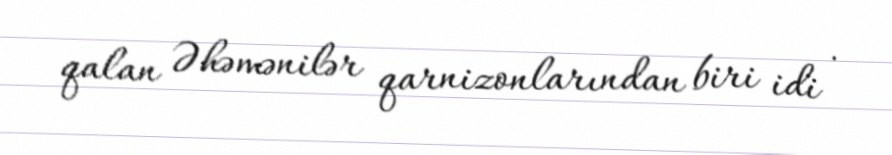
qalan Əhəmənilər qarnizonlarından biri idi .